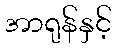
အာရုန်နှင့်